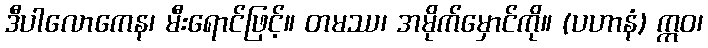
ဒီပါလောကေန၊ မီးရောင်ဖြင့်။ တမဿ၊ အမိုက်မှောင်ကို။ (ပဟာနံ) ဣဝ၊